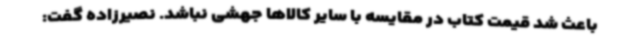
باعث شد قیمت کتاب در مقایسه با سایر کالاها جهشی نباشد. نصیرزاده گفت: